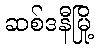
ဆစ်ဒနီမြို့